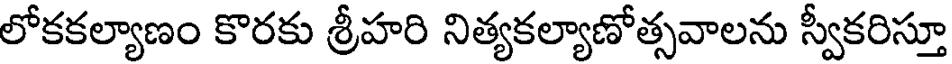
లోకకల్యాణం కొరకు శ్రీహరి నిత్యకల్యాణోత్సవాలను స్వీకరిస్తూ